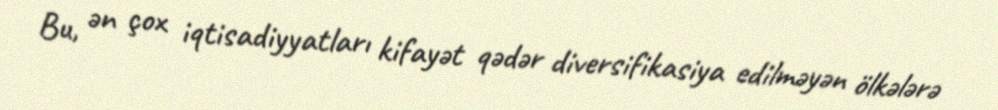
Bu, ən çox iqtisadiyyatları kifayət qədər diversifikasiya edilməyən ölkələrə